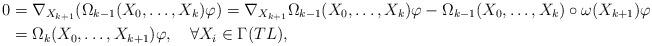
LaTeX: \begin{align*} 0&=\nabla_{X_{k+1}}(\Omega_{k-1}(X_0,\ldots,X_k)\varphi)=\nabla_{X_{k+1}}\Omega_{k-1}(X_0,\ldots,X_k)\varphi-\Omega_{k-1}(X_0,\ldots,X_k)\circ\omega(X_{k+1})\varphi\\ &=\Omega_k(X_0,\ldots,X_{k+1})\varphi,\quad\forall X_i \in\Gamma(TL), \end{align*}